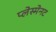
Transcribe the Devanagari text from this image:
प्लेस्मेनट